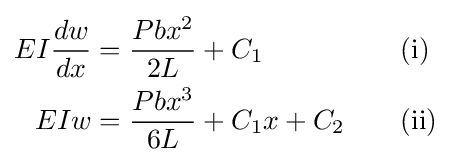
{\begin{aligned}EI{\dfrac {dw}{dx}}&={\dfrac {Pbx^{2}}{2L}}+C_{1}&&\quad \mathrm {(i)} \\EIw&={\dfrac {Pbx^{3}}{6L}}+C_{1}x+C_{2}&&\quad \mathrm {(ii)} \end{aligned}}